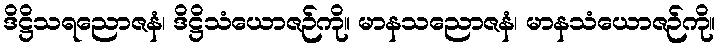
ဒိဋ္ဌိသရညောဇနံ၊ ဒိဋ္ဌိသံယောဇဉ်ကို။ မာနသညောဇနံ၊ မာနသံယောဇဉ်ကို။